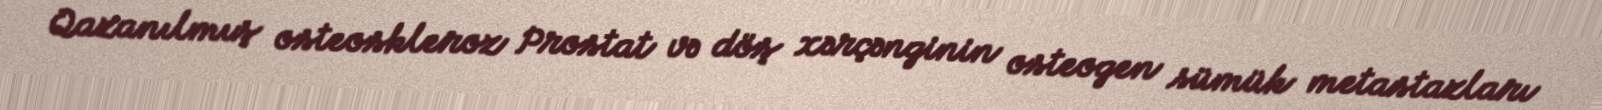
Qazanılmış osteoskleroz Prostat və döş xərçənginin osteogen sümük metastazları